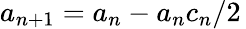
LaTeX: a_{n+1}=a_{n}-a_{n}c_{n}/2\,